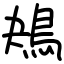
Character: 鴂